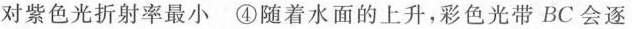
对紫色光折射率最小 ④随着水面的上升，彩色光带BC会逐